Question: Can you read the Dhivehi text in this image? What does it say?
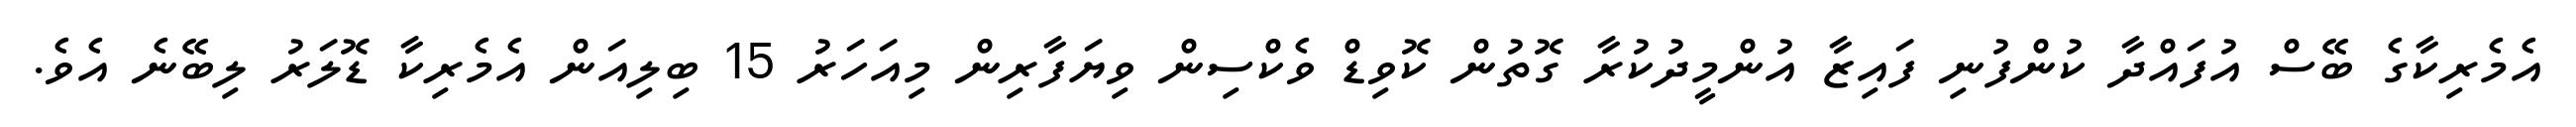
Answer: އެމެރިކާގެ ބޭސް އުފައްދާ ކުންފުނި ފައިޒާ އުންމީދުކުރާ ގޮތުން ކޮވިޑް ވެކްސިން ވިޔަފާރިން މިއަހަރު 15 ބިލިއަން އެމެރިކާ ޑޮލަރު ލިބޭނެ އެވެ.